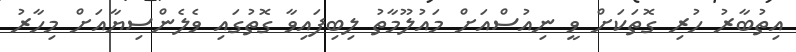
އިތުބާރު ހުރި ގޮތަކަށް ވީ ނިއުސްއަށް މައުލޫމާތު ލިބިފައިވާ ގޮތުގައި ވެލެންސިޔާއަށް މިހާރު